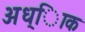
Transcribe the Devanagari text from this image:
अध्ािक